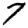
Digit: 7